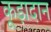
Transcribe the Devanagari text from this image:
कूड़ादान